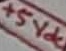
Text: +5Vdc